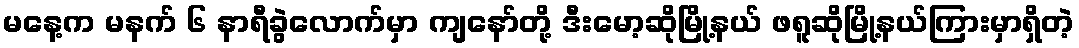
မနေ့က မနက် ၆ နာရီခွဲလောက်မှာ ကျနော်တို့ ဒီးမော့ဆိုမြို့နယ် ဖရူဆိုမြို့နယ်ကြားမှာရှိတဲ့